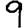
Digit: 9